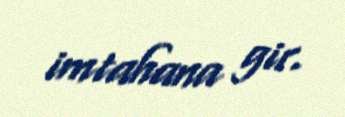
imtahana gir.